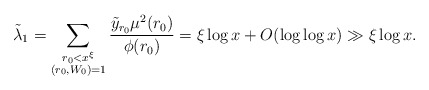
\begin{align*}\tilde{\lambda}_1&=\sum_{\substack{r_0<x^\xi\\ (r_0,W_0)=1}}\frac{\tilde{y}_{r_0}\mu^2(r_0)}{\phi(r_0)}=\xi\log{x}+O(\log\log{x})\gg \xi\log{x}.\end{align*}